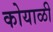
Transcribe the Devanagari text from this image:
कोयाळी